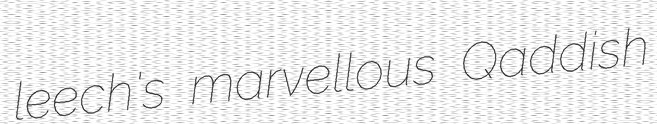
leech's marvellous Qaddish